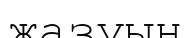
жазуын